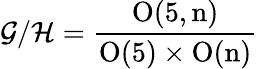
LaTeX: {\cal G}/{\cal H}=\frac{\mathrm{O(5,n)}}{\mathrm{O(5)}\times\mathrm{O(n)}}